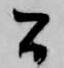
間